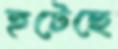
হটেছে